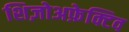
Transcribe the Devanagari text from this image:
शिज़ोअफ़ेक्टिव